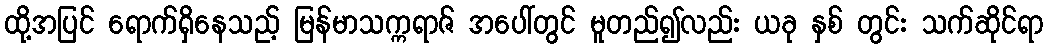
ထို့အပြင် ရောက်ရှိနေသည့် မြန်မာသက္ကရာဇ် အပေါ်တွင် မူတည်၍လည်း ယခု နှစ် တွင်း သက်ဆိုင်ရာ